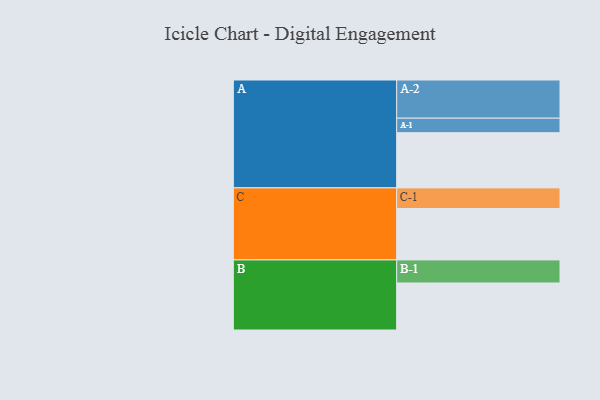
{"axis": {"x": "Segment", "y": "Value"}, "legend": ["", "A", "B", "C"], "data": [{"x": "A", "y": 419, "type": ""}, {"x": "B", "y": 357, "type": ""}, {"x": "C", "y": 390, "type": ""}, {"x": "A-1", "y": 110, "type": "A"}, {"x": "A-2", "y": 290, "type": "A"}, {"x": "B-1", "y": 175, "type": "B"}, {"x": "C-1", "y": 157, "type": "C"}]}